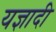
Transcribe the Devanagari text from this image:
यज्ञादी